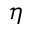
\eta